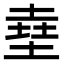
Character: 㙓